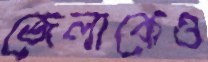
জেলাকেও